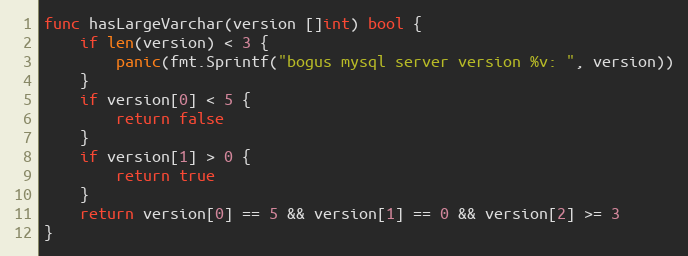
Language: Go
func hasLargeVarchar(version []int) bool {
	if len(version) < 3 {
		panic(fmt.Sprintf("bogus mysql server version %v: ", version))
	}
	if version[0] < 5 {
		return false
	}
	if version[1] > 0 {
		return true
	}
	return version[0] == 5 && version[1] == 0 && version[2] >= 3
}